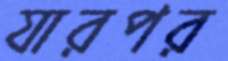
যারপর